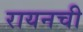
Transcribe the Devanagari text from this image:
रायनची